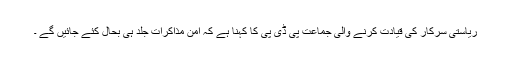
ریاستی سرکار کی قیادت کرنے والی جماعت پی ڈی پی کا کہنا ہے کہ امن مذاکرات جلد ہی بحال کئے جائیں گے ۔